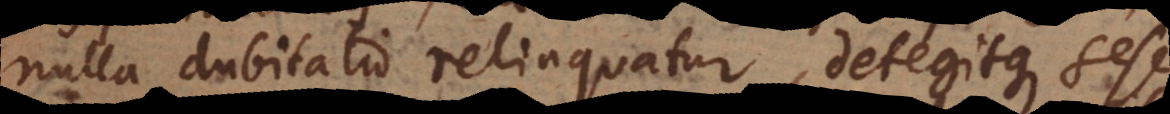
nulla dubitatio relinquatur, detegitque ses